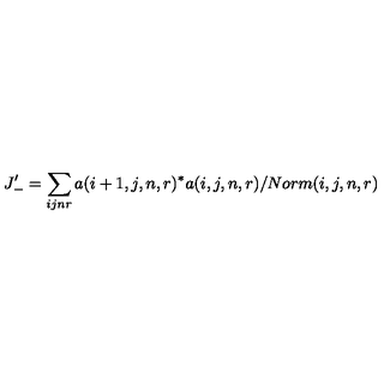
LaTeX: J _ { - } ^ { \prime } = \sum _ { i j n r } a ( i + 1 , j , n , r ) ^ { * } a ( i , j , n , r ) / N o r m ( i , j , n , r )